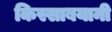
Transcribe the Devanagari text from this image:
किस्साबयानी